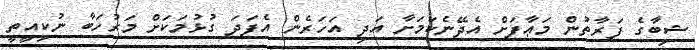
ޝިބާގެ ފަރާތުން މަޢާފަށް އެދޭނެކަމަށާ އަދި އަހަރެން އެފަދަ ގުޅުމަކަށް މަރުހަބާ ނުކިއީތީ